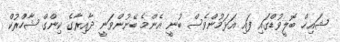
ޝައިޚް ބޮލީވުޑްގައި ފައި އަޅަމުންވެސް ބުނީ އެންމެ ބޭނުންވަނީ ދާއިރާގެ ކިންގް ޝާހްރުކް